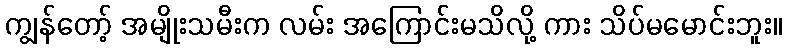
ကျွန်တော့် အမျိုးသမီးက လမ်း အကြောင်းမသိလို့ ကား သိပ်မမောင်းဘူး။